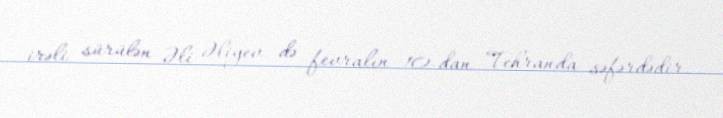
irəli sürülən Əli Əliyev də fevralın 10-dan Tehranda səfərdədir.